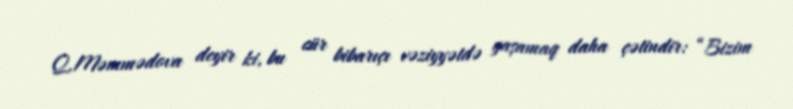
Q.Məmmədova deyir ki, bu cür bibarıçı vəziyyətdə yaşamaq daha çətindir: “Bizim